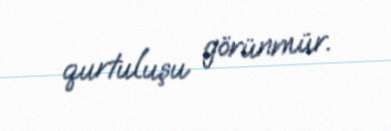
qurtuluşu görünmür.